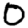
Digit: 0